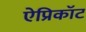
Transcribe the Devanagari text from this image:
ऐप्रिकॉट